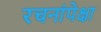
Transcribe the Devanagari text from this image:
रचनांपेक्षा